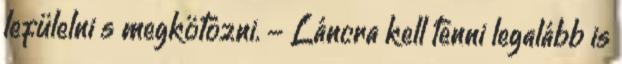
lefülelni s megkötözni. - Láncra kell tenni legalább is